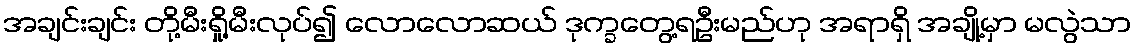
အချင်းချင်း တို့မီးရှို့မီးလုပ်၍ လောလောဆယ် ဒုက္ခတွေ့ရဦးမည်ဟု အရာရှိ အချို့မှာ မလွဲသာ